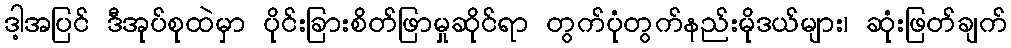
ဒါ့အပြင် ဒီအုပ်စုထဲမှာ ပိုင်းခြားစိတ်ဖြာမှုဆိုင်ရာ တွက်ပုံတွက်နည်းမိုဒယ်များ၊ ဆုံးဖြတ်ချက်